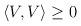
LaTeX: \begin{align*}\left\langle V,V\right\rangle \geq 0\end{align*}